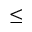
\leq